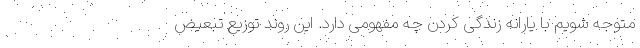
متوجه شویم با یارانه زندگی کردن چه مفهومی دارد. این روند توزیع تبعیض